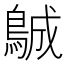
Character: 𱈨